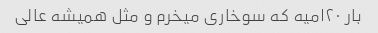
بار ۲۰امیه که سوخاری میخرم و مثل همیشه عالی